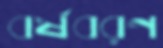
বর্ষবরণ